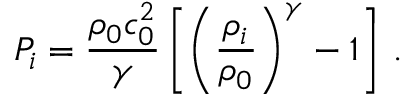
P _ { i } = \frac { \rho _ { 0 } c _ { 0 } ^ { 2 } } { \gamma } \left[ \left( \frac { \rho _ { i } } { \rho _ { 0 } } \right) ^ { \gamma } - 1 \right] \, .